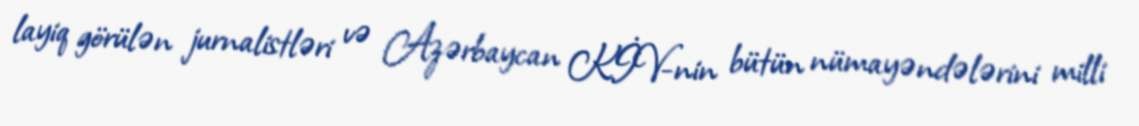
layiq görülən jurnalistləri və Azərbaycan KİV-nin bütün nümayəndələrini milli